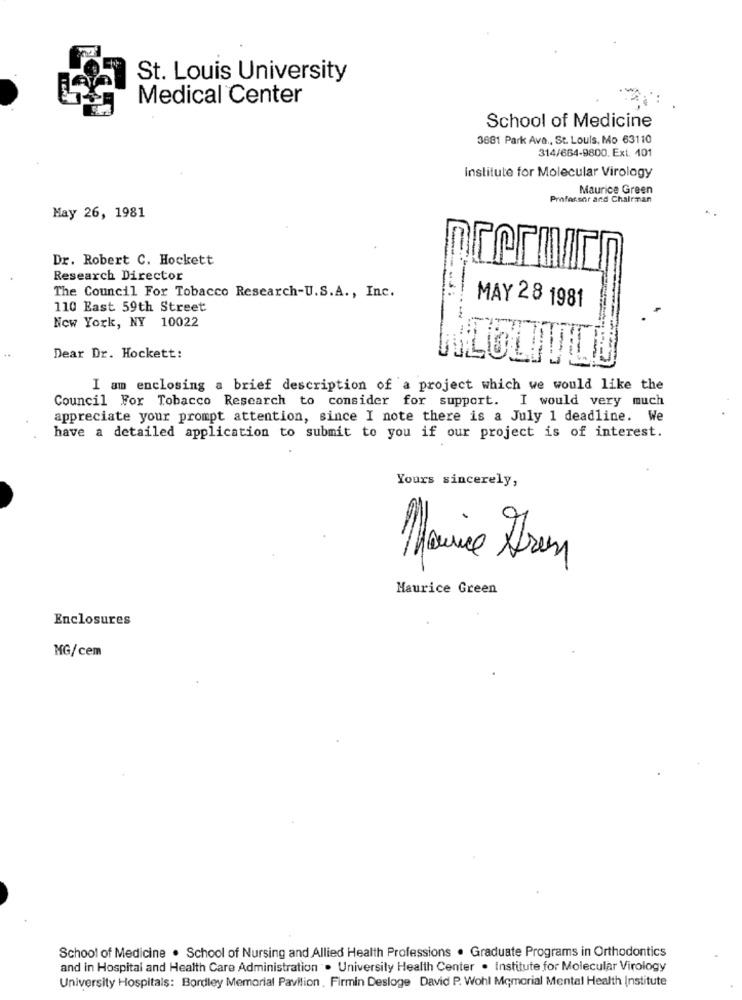
St. Louis University
Medical Center
School of Medicine
3681 Park Ave ., St. Louis, Mo 63110
314/664-9800. Ext. 401
institute for Molecular Virology
Maurice Green
Professor and Chairman
May 26, 1981
Dr. Robert C. Hockett
Research Director
The Council For Tobacco Research-U.S.A ., Inc.
110 East 59th Street
MAY 28 1981
New York, NY 10022
Dear Dr. Hockett:
I am enclosing a brief description of a project which we would like the
Council For Tobacco Research to consider for support. I would very much
appreciate your prompt attention, since I note there is a July 1 deadline. We
have a detailed application to submit to you if our project is of interest.
Yours sincerely,
Maurice Green
Enclosures
MG/cem
School of Medicine . School of Nursing and Allied Health Professions . Graduate Programs in Orthodontics
and in Hospital and Health Care Administration . University Health Center . Institute for Molecular Virology
University Hospitals: Bordley Memorial Pavilion . Firmin Desloge David P. Wohl Memorial Mental Health Institute